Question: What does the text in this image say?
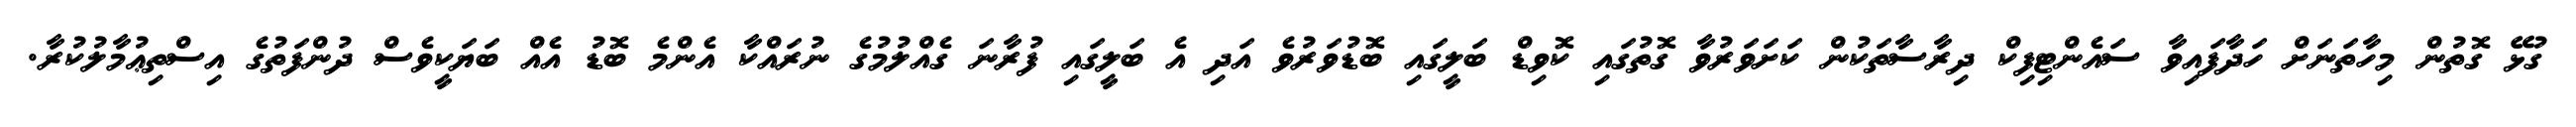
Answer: ގުޅޭ ގޮތުން މިހާތަނަށް ހަދާފައިވާ ސައެންޓިފިކް ދިރާސާތަކުން ކަށަވަރުވާ ގޮތުގައި ކޮވިޑް ބަލީގައި ބޮޑުވަރުވެ އަދި އެ ބަލީގައި ފުރާނަ ގެއްލުމުގެ ނުރައްކާ އެންމެ ބޮޑު އެއް ބަޔަކީވެސް ދުންފަތުގެ އިސްތިޢުމާލުކުރާ.